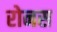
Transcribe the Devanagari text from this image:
रोनस